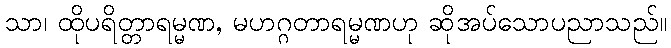
သာ၊ ထိုပရိတ္တာရမ္မဏ, မဟဂ္ဂတာရမ္မဏဟု ဆိုအပ်သောပညာသည်။